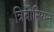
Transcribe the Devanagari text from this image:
त्रिबोनियन